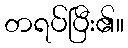
တရပ်ပြီး၏။